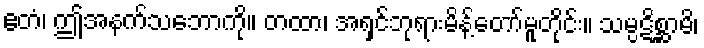
ဧတံ၊ ဤအနက်သဘောကို။ တထာ၊ အရှင်ဘုရားမိန့်တော်မူတိုင်း။ သမ္ပဋိစ္ဆာမိ၊